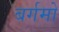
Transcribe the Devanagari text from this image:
बर्गमो